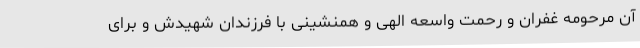
آن مرحومه غفران و رحمت واسعه الهی و همنشینی با فرزندان شهیدش و برای